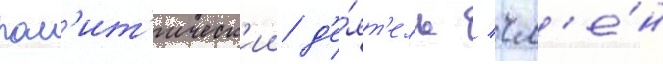
пол'ит'ическ'ии д'е́ят'ель / чл'е́н